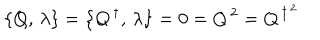
\left\{ Q , \, \lambda \right\} = \left\{ Q ^ { \, \dagger } , \, \lambda \right\} = 0 = Q ^ { \, 2 } = Q ^ { \, \dagger ^ { \, 2 } }